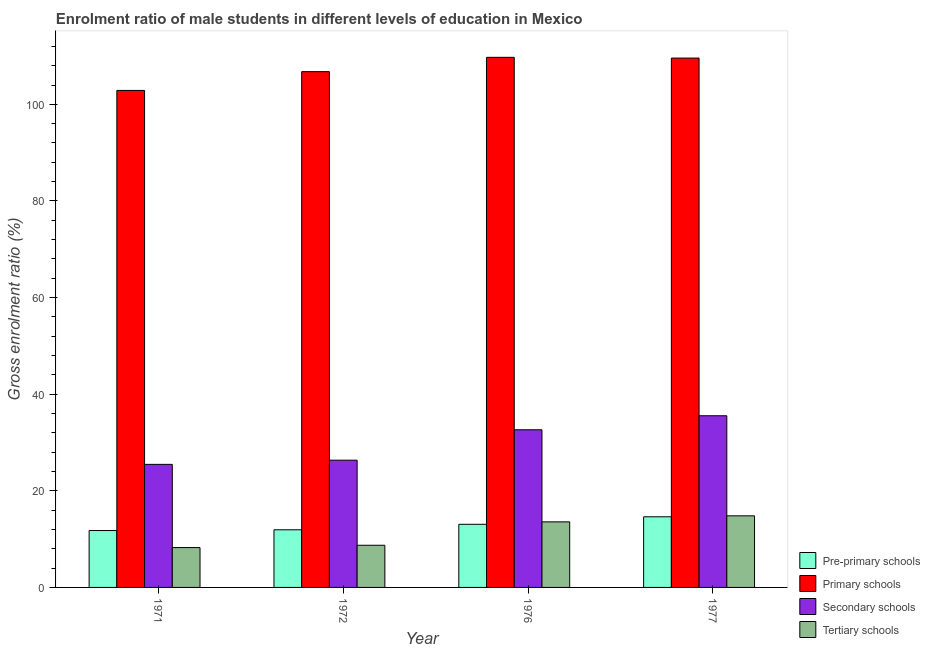
| Year | Pre-primary schools | Primary schools | Secondary schools | Tertiary schools |
 | --- | --- | --- | --- | --- |
 | 1971 | 11.8 | 103 | 25.5 | 8.25 |
 | 1972 | 11.9 | 107 | 26.3 | 8.73 |
 | 1976 | 13.1 | 110 | 32.6 | 13.6 |
 | 1977 | 14.6 | 110 | 35.5 | 14.8 |